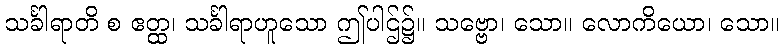
သင်္ခါရာတိ စ ဧတ္ထ၊ သင်္ခါရာဟူသော ဤပါဌ်၌။ သဗ္ဗော၊ သော။ လောကိယော၊ သော။